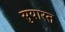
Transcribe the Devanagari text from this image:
सुयास्त